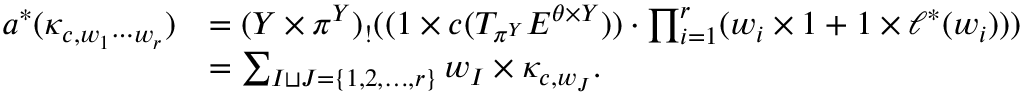
\begin{array} { r l } { a ^ { * } ( \kappa _ { c , w _ { 1 } \cdots w _ { r } } ) } & { = ( Y \times \pi ^ { Y } ) _ { ! } ( ( 1 \times c ( T _ { \pi ^ { Y } } E ^ { \theta \times Y } ) ) \cdot \prod _ { i = 1 } ^ { r } ( w _ { i } \times 1 + 1 \times \ell ^ { * } ( w _ { i } ) ) ) } \\ & { = \sum _ { I \sqcup J = \{ 1 , 2 , \ldots , r \} } w _ { I } \times \kappa _ { c , w _ { J } } . } \end{array}